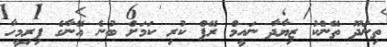
ތިނަދޫ ތޭންކު ޒިޔާދާ ނައީމް ރޭޕް ކުރި ކަމަށް ބުނެ އޭނާގެ ފިރިމީހާ